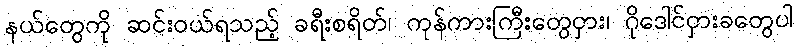
နယ်တွေကို ဆင်းဝယ်ရသည့် ခရီးစရိတ်၊ ကုန်ကားကြီးတွေငှား၊ ဂိုဒေါင်ငှားခတွေပါ